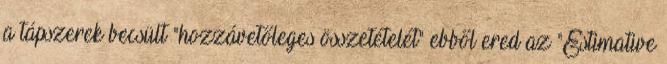
a tápszerek becsült "hozzávetőleges összetételét" ebből ered az "Estimative